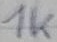
Text: 1K